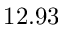
1 2 . 9 3